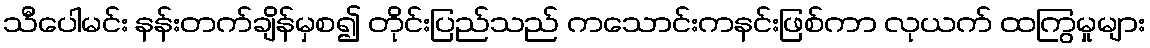
သီပေါမင်း နန်းတက်ချိန်မှစ၍ တိုင်းပြည်သည် ကသောင်းကနင်းဖြစ်ကာ လုယက် ထကြွမှုများ